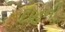
દાહની